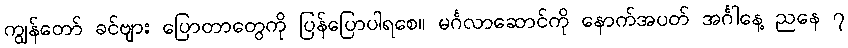
ကျွန်တော် ခင်ဗျား ပြောတာတွေကို ပြန်ပြောပါရစေ။ မင်္ဂလာဆောင်ကို နောက်အပတ် အင်္ဂါနေ့ ညနေ ၇